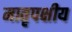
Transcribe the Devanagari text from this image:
मातृपक्षीय